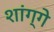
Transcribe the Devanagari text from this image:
शांग्गे